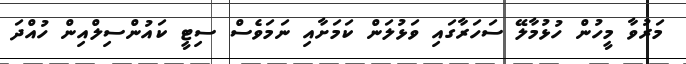
މަރުވާ މީހުން ހުޅުމާލޭ ސަހަރާގައި ވަޅުލަން ކަމަށާއި ނަމަވެސް ސިޓީ ކައުންސިލްއިން ހުއްދަ